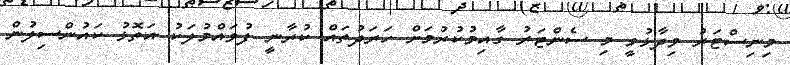
މިނިސްޓަރު ވިދާޅުވީ މި ސެންޓަރު ގާއިމުކުރުމަށް ހަރަދުތައް ކުރާނީ ފުވައްމުލަކު އަތޮޅު ކައުންސިލުން